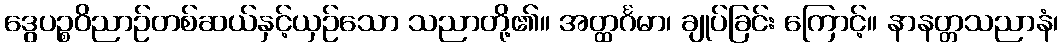
ဒွေပဉ္စဝိညာဉ်တစ်ဆယ်နှင့်ယှဉ်သော သညာတို့၏။ အတ္ထင်္ဂမာ၊ ချုပ်ခြင်း ကြောင့်။ နာနတ္တသညာနံ၊